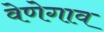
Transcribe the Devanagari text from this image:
वेणेगाव